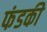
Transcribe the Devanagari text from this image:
फंडकी